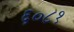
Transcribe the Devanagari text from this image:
६०८१